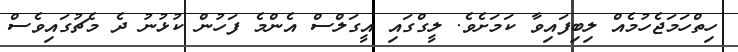
ހިތްހަމަޖެހުމެއް ލިބިފައިވާ ކަމަށެވެ. ލީގްގައި އީގަލްސް އެންމެ ފަހުން ކުޅުނު ދެ މެޗުގައިވެސް